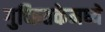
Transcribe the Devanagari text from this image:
गुच्छ्तिकेमध्ये